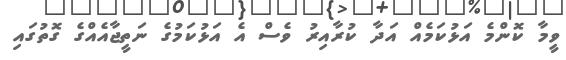
ވީމާ ކޮންމެ އަޅުކަމެއް އަދާ ކުރާއިރު ވެސް އެ އަޅުކަމުގެ ނަތީޖާއެއްގެ ގޮތުގައި